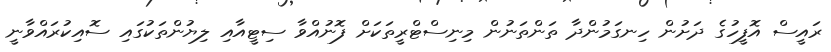
ރައީސް އޮފީހުގެ ދަށުން ހިނގަމުންދާ ތަންތަނުން މިނިސްޓްރީތަކަށް ފޮނުއްވާ ސިޓީއާއި ލިޔުންތަކުގައި ސޮއިކުރައްވާނީ